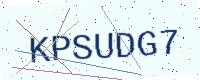
Text: KPSUDG7